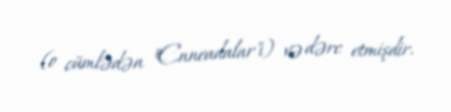
(o cümlədən "Enneadalar"ı) və dərc etmişdir.